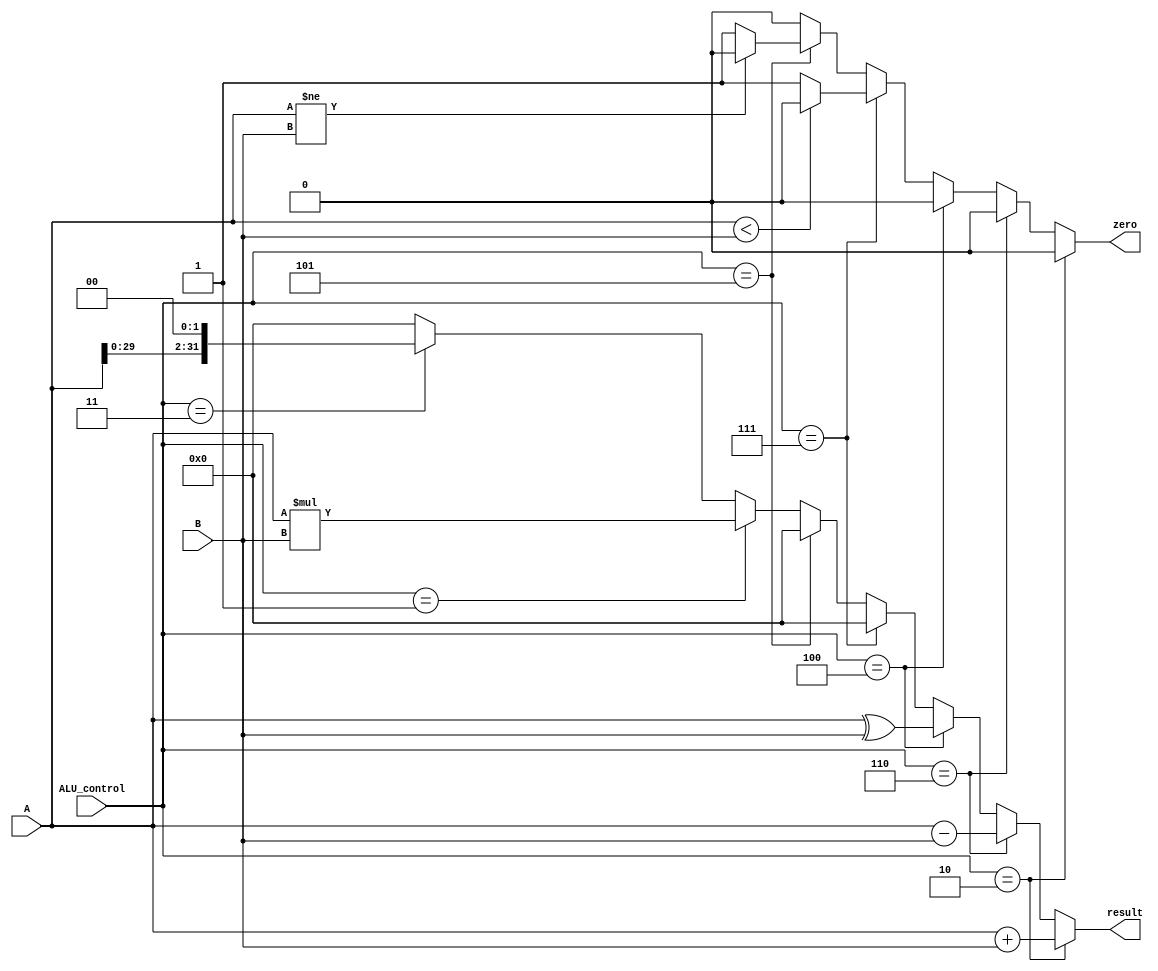
module ALU
(
	input    	[31:0] 	A			,
	input		[31:0] 	B			,
	input		[3:0]  	ALU_control	,
	output             	zero		,
	output		[31:0] 	result
);
 
	reg  		   		zero_r;
	reg			[31:0] 	result_r;
	reg			[63:0] 	result_mult_r;

	always @ (A, B, ALU_control) 
	begin
		zero_r = 1'b0;
		result_r = 32'b0;
		result_mult_r = 64'b0;
		if (ALU_control == 4'd2) begin		//add
			result_r = A + B;
			zero_r = 1'b0;
		end 
		else if (ALU_control == 4'd6) begin	//sub
			result_r = A - B;
			zero_r = 1'b0;
		end 
		else if (ALU_control == 4'd4) begin	//xor
			result_r = A ^ B;
			zero_r = 1'b0;
		end 
		else if (ALU_control == 4'd7) begin	//bge
			zero_r = (A < B) ? 1'b0 : 1'b1;
		end 
		else if (ALU_control == 4'd5) begin	//beq
			zero_r = (A != B) ? 1'b0 : 1'b1;
		end
		else if (ALU_control == 4'd1) begin	//mult
			result_mult_r = A * B;
			result_r = result_mult_r[31:0];
			zero_r = 0;
		end
		else if (ALU_control == 4'd3) begin	//slli
			result_r = A << 2;
			zero_r = 1'b0;
		end
		else begin
			result_mult_r = 64'b0;
			result_r = 32'b0;
			zero_r = 1'b0;
		end
	end

	assign zero = zero_r;
	assign result = result_r;

endmodule